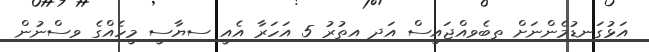
އަޅުގަނޑުމެންނަށް ތިބެވިއްޖައީސް އަދި އިތުރު 5 އަހަރާ އެއީ ސިޔާސީ މީހެއްގެ ވިސްނުން